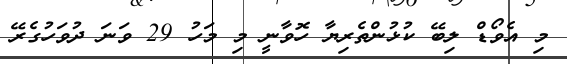
މި އެވޯޑް ލިބޭ ކުޅުންތެރިޔާ ހޮވާނީ މި މަހު 29 ވަނަ ދުވަހުގެރޭ